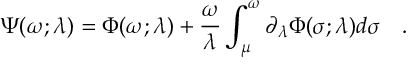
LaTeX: \Psi ( \omega ; \lambda ) = \Phi ( \omega ; \lambda ) + { \frac { \omega } { \lambda } } \int _ { \mu } ^ { \omega } \partial _ { \lambda } \Phi ( \sigma ; \lambda ) d \sigma ~ ~ ~ .